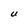
Character: U